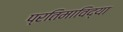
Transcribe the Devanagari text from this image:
प्रतिमाविद्या